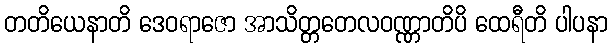
တတိယေနာတိ ဒေဝရာဇော အာသိတ္တတေလဝဏ္ဏာတိပိ ထေရီတိ ပါပနာ